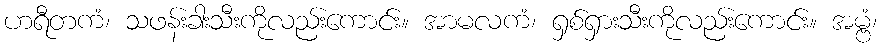
ဟရီတကံ၊ သဖန်းခါးသီးကိုလည်းကောင်း။ အာမလကံ၊ ရှစ်ရှားသီးကိုလည်းကောင်း။ အမ္ဗံ၊